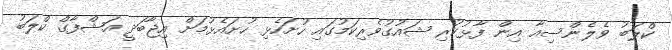
ކްލަބު ވެލެންސިއާ އިން ފާޅުކުރި ޝައުގުވެރިކަމުގައި ހުށަހެޅި ހުށައެޅުމަށް އިޖާބަދީ އަޝްފާގް ކްލަބު